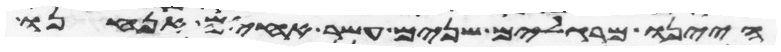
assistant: היינו מרגלים שנים עשר אחים אנחנו